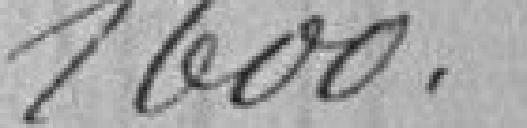
1600.